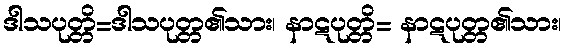
ဒါသပုတ္တိ=ဒါသပုတ္တ၏သား၊ နာဋပုတ္တိ= နာဋပုတ္တ၏သား၊